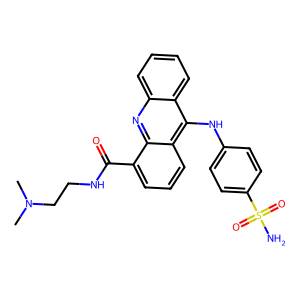
SMILES: CN(C)CCNC(=O)c1cccc2c(Nc3ccc(S(N)(=O)=O)cc3)c3ccccc3nc12
Inhibits HIV replication: No